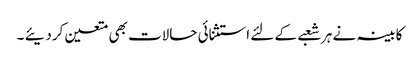
کابینہ نے ہر شعبے کے لئے استثنائی حالات بھی متعین کردیئے ۔